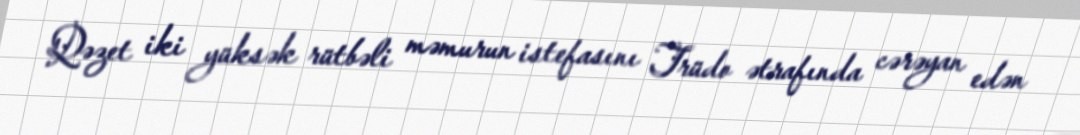
Qəzet iki yüksək rütbəli məmurun istefasını Trüdo ətrafında cərəyan edən